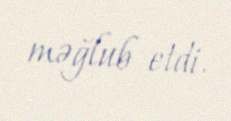
məğlub etdi.